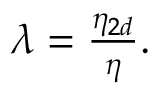
\begin{array} { r } { \lambda = \frac { \eta _ { 2 d } } { \eta } . } \end{array}